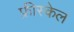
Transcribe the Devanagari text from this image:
फ्रीस्केल